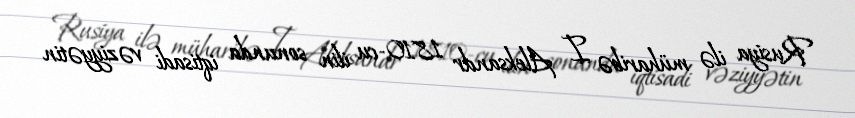
Rusiya ilə müharibə I Aleksandr 1810-cu ilin sonunda iqtisadi vəziyyətin